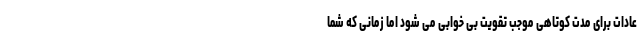
عادات برای مدت کوتاهی موجب تقویت بی خوابی می شود اما زمانی که شما